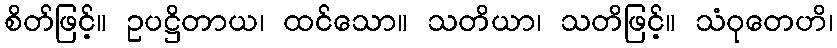
စိတ်ဖြင့်။ ဥပဋ္ဌိတာယ၊ ထင်သော။ သတိယာ၊ သတိဖြင့်။ သံဝုတေဟိ၊